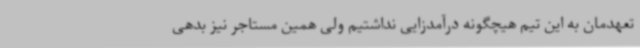
تعهدمان به این تیم هیچگونه درآمدزایی نداشتیم ولی همین مستاجر نیز بدهی